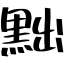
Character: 黜